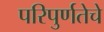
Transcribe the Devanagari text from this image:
परिपुर्णतेचे